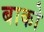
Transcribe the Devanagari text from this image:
बाको